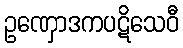
ဥဏှောဒကပဋိသေဝီ